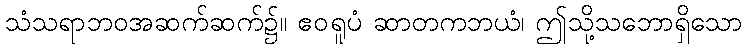
သံသရာဘဝအဆက်ဆက်၌။ ဧဝရူပံ ဆာတကဘယံ၊ ဤသို့သဘောရှိသော